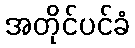
အတိုင်ပင်ခံ